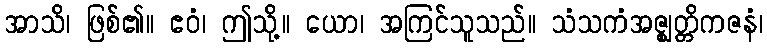
အာသိ၊ ဖြစ်၏။ ဧဝံ၊ ဤသို့။ ယော၊ အကြင်သူသည်။ သံသကံအဇ္ဈတ္တိကဇနံ၊